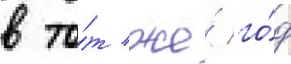
в то́т же́ го́д